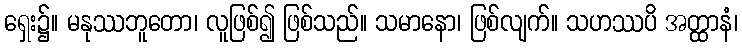
ရှေး၌။ မနုဿဘူတော၊ လူဖြစ်၍ ဖြစ်သည်။ သမာနော၊ ဖြစ်လျက်။ သဟဿပိ အတ္ထာနံ၊